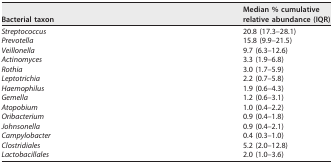
| Bacterial taxon | Median % cumulativerelative abundance (IQR) |
 | --- | --- |
 | Streptococcus | 20.8 (17.3–28.1) |
 | Prevotella | 15.8 (9.9–21.5) |
 | Veillonella | 9.7 (6.3–12.6) |
 | Actinomyces | 3.3 (1.9–6.8) |
 | Rothia | 3.0 (1.7–5.9) |
 | Leptotrichia | 2.2 (0.7–5.8) |
 | Haemophilus | 1.9 (0.6–4.3) |
 | Gemella | 1.2 (0.6–3.1) |
 | Atopobium | 1.0 (0.4–2.2) |
 | Oribacterium | 0.9 (0.4–1.8) |
 | Johnsonella | 0.9 (0.4–2.1) |
 | Campylobacter | 0.4 (0.3–1.0) |
 | Clostridiales | 5.2 (2.0–12.8) |
 | Lactobacillales | 2.0 (1.0–3.6) |